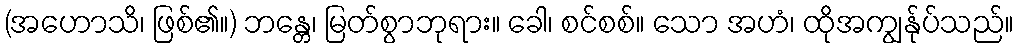
(အဟောသိ၊ ဖြစ်၏။) ဘန္တေ၊ မြတ်စွာဘုရား။ ခေါ၊ စင်စစ်။ သော အဟံ၊ ထိုအကျွန်ုပ်သည်။